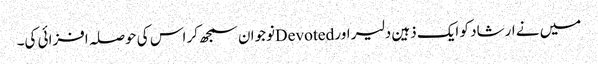
میں نے ارشاد کو ایک ذہین دلیر اور Devotedنوجوان سمجھ کر اس کی حوصلہ افزائی کی۔